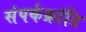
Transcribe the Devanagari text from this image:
संपर्कक्रांति